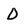
Character: D